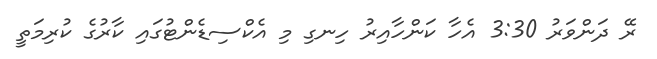
ރޭ ދަންވަރު 3:30 އެހާ ކަންހާއިރު ހިނގި މި އެކްސިޑެންޓުގައި ކާރުގެ ކުރިމަތީ